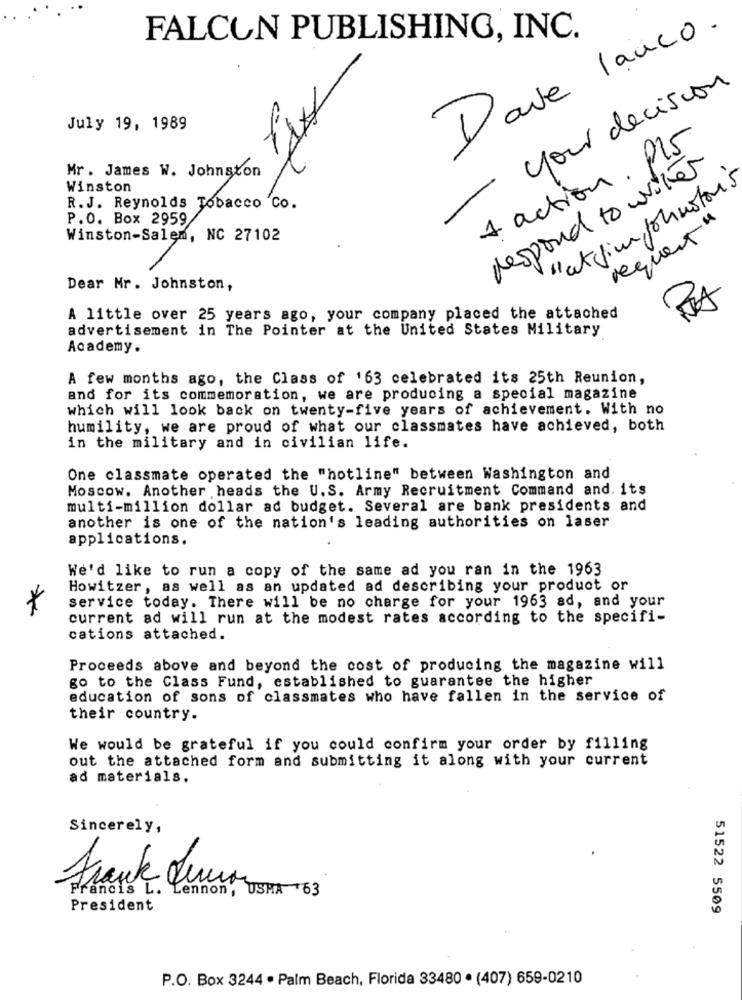
FALCON PUBLISHING, INC.
Dave lanco .
your decision
July 19, 1989
1 action. Pl5
Mr. James W. Johnston
respond to wither
Winston
-
" atfin Johnstons
R.J. Reynolds Tobacco Co.
P.O. Box 2959
request "
Winston-Salem, NC 27102
Dear Mr. Johnston,
A little over 25 years ago, your company placed the attached
advertisement in The Pointer at the United States Military
Academy.
A few months ago, the Class of '63 celebrated its 25th Reunion,
and for its commemoration, we are producing a special magazine
which will look back on twenty-five years of achievement. With no
humility, we are proud of what our classmates have achieved, both
in the military and in civilian life.
One classmate operated the "hotline" between Washington and
Moscow. Another heads the U.S. Army Recruitment Command and. its
multi-million dollar ad budget. Several are bank presidents and
another is one of the nation's leading authorities on laser
applications.
We'd like to run a copy of the same ad you ran in the 1963
Howitzer, as well as an updated ad describing your product or
*
service today. There will be no charge for your 1963 ad, and your
current ad will run at the modest rates according to the specifi-
cations attached.
Proceeds above and beyond the cost of producing the magazine will
go to the Class Fund, established to guarantee the higher
education of sons of classmates who have fallen in the service of
their country.
We would be grateful if you could confirm your order by filling
out the attached form and submitting it along with your current
ad materials.
Sincerely,
Francis L.
Frank Jer SKA 163
President
51522 5509
P.O. Box 3244 · Palm Beach, Florida 33480 · (407) 659-0210